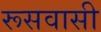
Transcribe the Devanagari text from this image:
रूसवासी